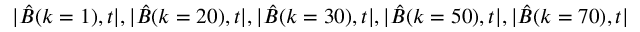
| \hat { B } ( k = 1 ) , t | , | \hat { B } ( k = 2 0 ) , t | , | \hat { B } ( k = 3 0 ) , t | , | \hat { B } ( k = 5 0 ) , t | , | \hat { B } ( k = 7 0 ) , t |